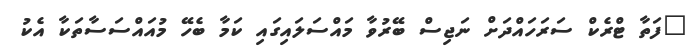
"ފަތާ ޓްރެކް ސަރަހައްދަށް ނަޖިސް ބޭރުވާ މައްސަލައިގައި ކަމާ ބެހޭ މުއައްސަސާތަކާ އެކު